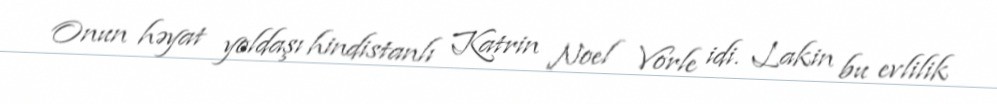
Onun həyat yoldaşı hindistanlı Katrin Noel Vorle idi. Lakin bu evlilik